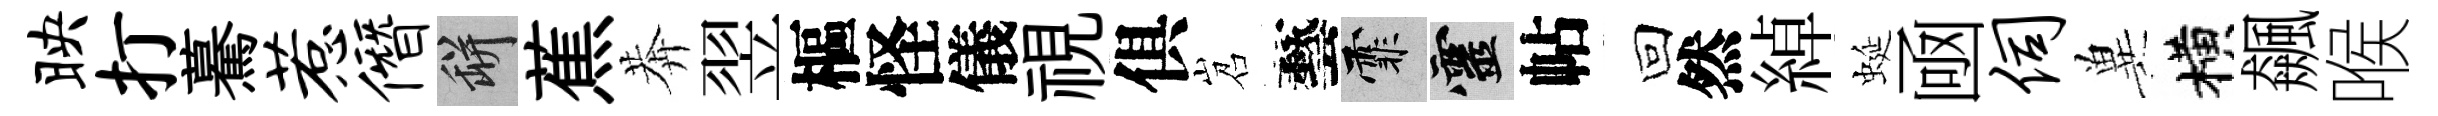
映打驀惹僭瓶蕉莾翌樞怪儀視俱岧藝霏靈帖回然綽蜒凾伺兾横飆喉